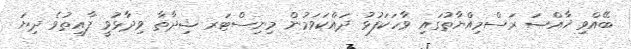
ބޭއްވި ޚާއްޞަ ރަސްމިއްޔާތުގައި ވާހަކަފުޅު ދައްކަވަމުން މިނިސްޓަރ ޝިދާތާ ވިދާޅުވީ ފާއިތުވެ ދިޔަ